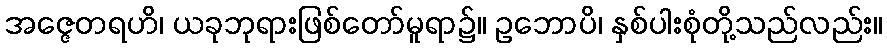
အဇ္ဇေတရဟိ၊ ယခုဘုရားဖြစ်တော်မူရာ၌။ ဥဘောပိ၊ နှစ်ပါးစုံတို့သည်လည်း။